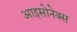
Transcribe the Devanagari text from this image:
आइसोनेक्स